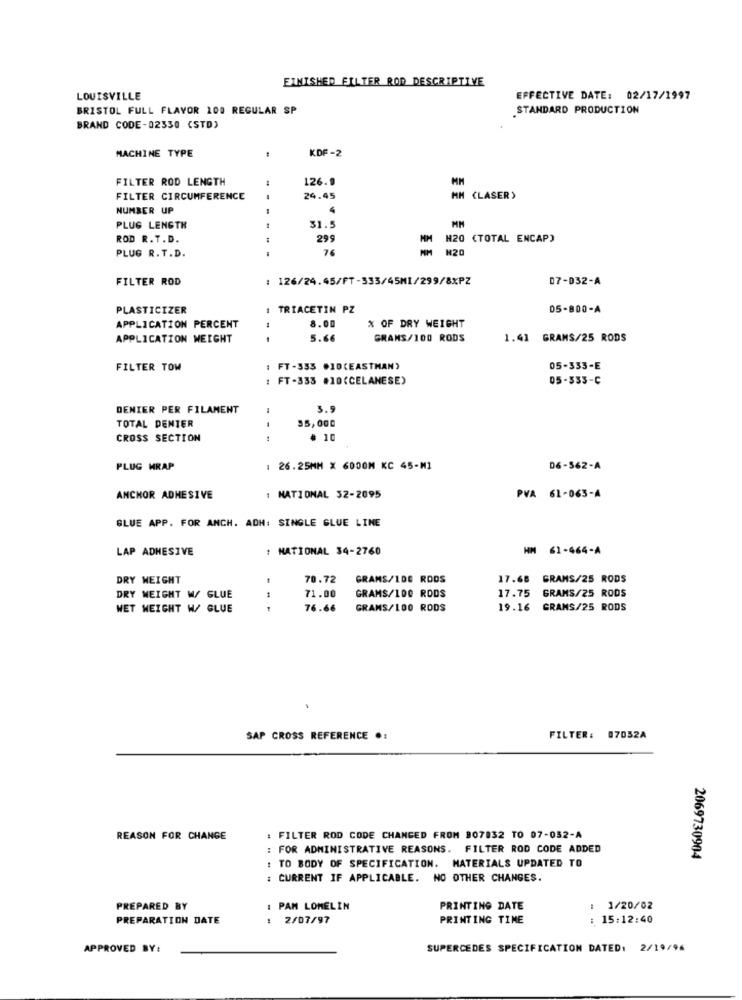
FINISHED FILTER ROD DESCRIPTIVE
LOUISVILLE
EFFECTIVE DATE: 02/17/1997
BRISTOL FULL FLAVOR 100 REGULAR SP
STANDARD PRODUCTION
BRAND CODE-02330 (STD)
KDF-2
MACHINE TYPE
FILTER ROD LENGTH
126.9
FILTER CIRCUMFERENCE
24.45
MM (LASER)
NUMBER UP
4
PLUG LENGTH
---
31.5
ROD R. T.D.
299
MM H20 (TOTAL ENCAP)
76
PLUG R. T.D.
FILTER ROD
: 126/24.45/FT-333/45MI/299/8xPZ
07-032-A
PLASTICIZER
1 TRIACETIN PZ
05-800-A
8.00
% OF DRY WEIGHT
APPLICATION PERCENT
APPLICATION WEIGHT
- -
5.66
GRANS/100 RODS
1.41 GRAMS/25 RODS
FILTER TOW
FT -355 .10(EASTMAN)
05-333-E
FT-333 #10(CELANESE)
05-533-C
DENIER PER FILAMENT
3.9
35,000
TOTAL DENTER
CROSS SECTION
# 10
PLUG MRAP
: 26.25MM X 6000M KC 45-MI
06-562-A
ANCHOR ADHESIVE
1 NATIONAL 32-2095
PVA 61-063-4
GLUE APP. FOR ANCH. ADH: SINGLE GLUE LINE
LAP ADHESIVE
: NATIONAL 34-2760
HM 61-464-A
DRY WEIGHT
70.72
GRAMS/100 RODS
17.68 GRAMS/25 RODS
DRY WEIGHT W/ GLUE
71.00
GRAMS/100 RODS
17.75
GRAMS/25 RODS
NET WEIGHT W/ GLUE
76.66
GRANS/100 RODS
19.16
GRAMS/25 RODS
SAP CROSS REFERENCE .:
FILTER: 07032A
REASON FOR CHANGE
: FILTER ROD CODE CHANGED FROM 807832 TO 07-032-A
: FOR ADMINISTRATIVE REASONS. FILTER ROD CODE ADDED
: TO BODY OF SPECIFICATION. MATERIALS UPDATED TO
2069730904
: CURRENT IF APPLICABLE. NO OTHER CHANGES.
PREPARED BY
PAM LOMELIN
PRINTING DATE
1/20/02
PREPARATION DATE
: 2/07/97
PRINTING TIME
: 15:12:40
APPROVED BY:
SUPERCEDES SPECIFICATION DATED: 2/19/96